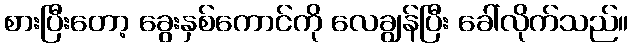
စားပြီးတော့ ခွေးနှစ်ကောင်ကို လေချွန်ပြီး ခေါ်လိုက်သည်။